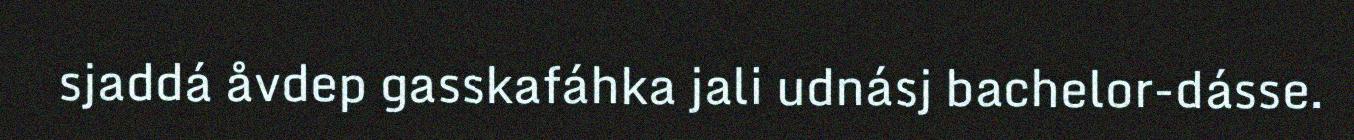
sjaddá åvdep gasskafáhka jali udnásj bachelor-dásse.